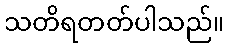
သတိရတတ်ပါသည်။